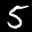
Label: 5